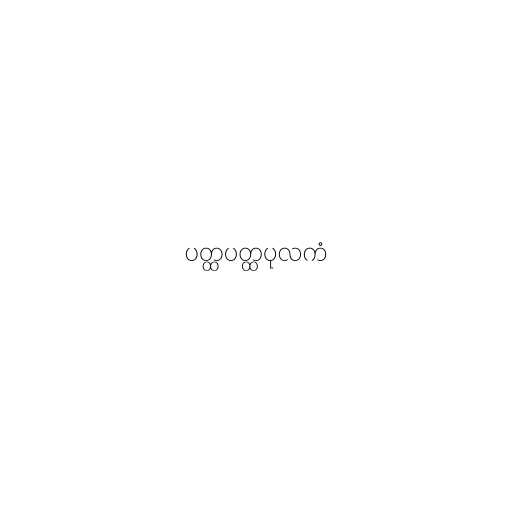
ပတ္ထပတ္ထပုလကံ